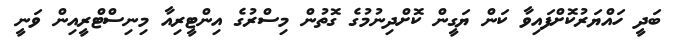
ބަދީ ހައްޔަރުކޮށްފައިވާ ކަން ޔަގީން ކޮށްދިނުމުގެ ގޮތުން މިސްރުގެ އިންޓީރިއާ މިނިސްޓްރީއިން ވަނީ